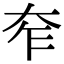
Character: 𡗸